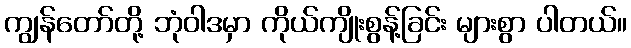
ကျွန်တော်တို့ ဘုံဝါဒမှာ ကိုယ်ကျိုးစွန့်ခြင်း များစွာ ပါတယ်။